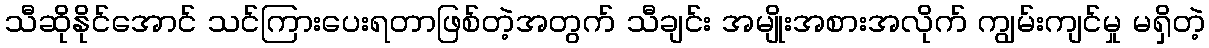
သီဆိုနိုင်အောင် သင်ကြားပေးရတာဖြစ်တဲ့အတွက် သီချင်း အမျိုးအစားအလိုက် ကျွမ်းကျင်မှု မရှိတဲ့